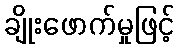
ချိုးဖောက်မှုဖြင့်